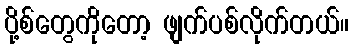
ပို့စ်တွေကိုတော့ ဖျက်ပစ်လိုက်တယ်။